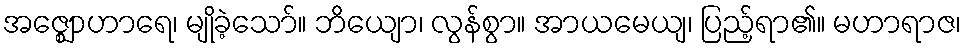
အဇ္ဈောဟာရေ၊ မျိုခဲ့သော်။ ဘိယျော၊ လွန်စွာ။ အာယမေယျ၊ ပြည့်ရာ၏။ မဟာရာဇ၊